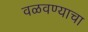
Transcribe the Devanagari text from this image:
वळवण्याचा